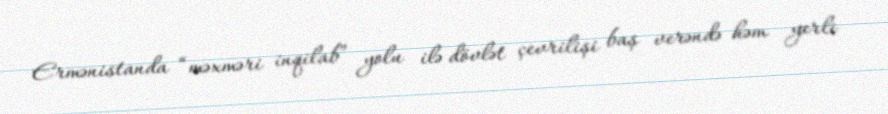
Ermənistanda “məxməri inqilab” yolu ilə dövlət çevrilişi baş verəndə həm yerli